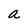
Character: a